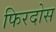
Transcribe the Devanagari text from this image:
फिरदोस